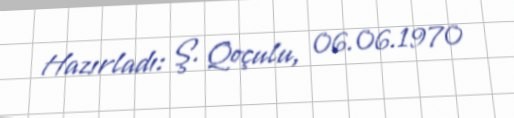
Hazırladı: Ş. Qoçulu, 06.06.1970